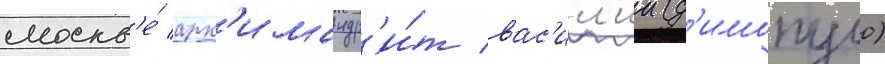
москв'е́ арх'имандр'и́т вас'ил'ии (д'имопуло)